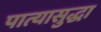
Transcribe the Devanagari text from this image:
पात्यासुद्धा